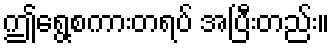
ဤရွေ့စကားတရပ် အပြီးတည်း။